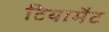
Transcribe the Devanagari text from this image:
टियामैट